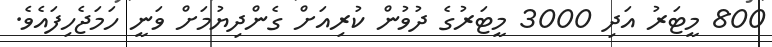
800 މީޓަރު އަދި 3000 މީޓަރުގެ ދުވުން ކުރިއަށް ގެންދިޔުމަށް ވަނީ ހަމަޖެހިފައެވެ.